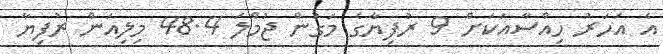
އެ އަހަރު ހިއްސާއަކަށް 9 ރުފިޔާގެ މަގުން ޖުމްލަ 48.4 މިލިއަން ރުފިޔާ